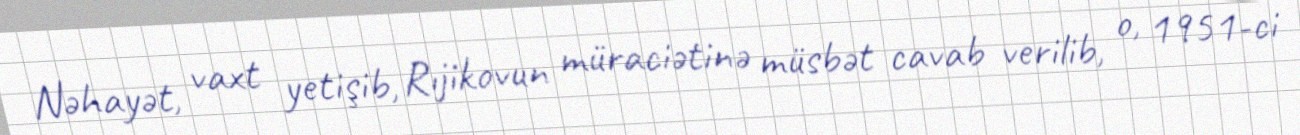
Nəhayət, vaxt yetişib, Rıjikovun müraciətinə müsbət cavab verilib, o, 1951-ci